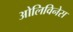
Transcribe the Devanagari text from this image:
ओलिविनेस